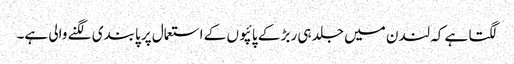
لگتا ہے کہ لندن میں جلد ہی ربڑ کے پائپوں کے استعمال پر پابندی لگنے والی ہے۔